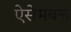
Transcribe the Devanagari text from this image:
ऐसेमबल